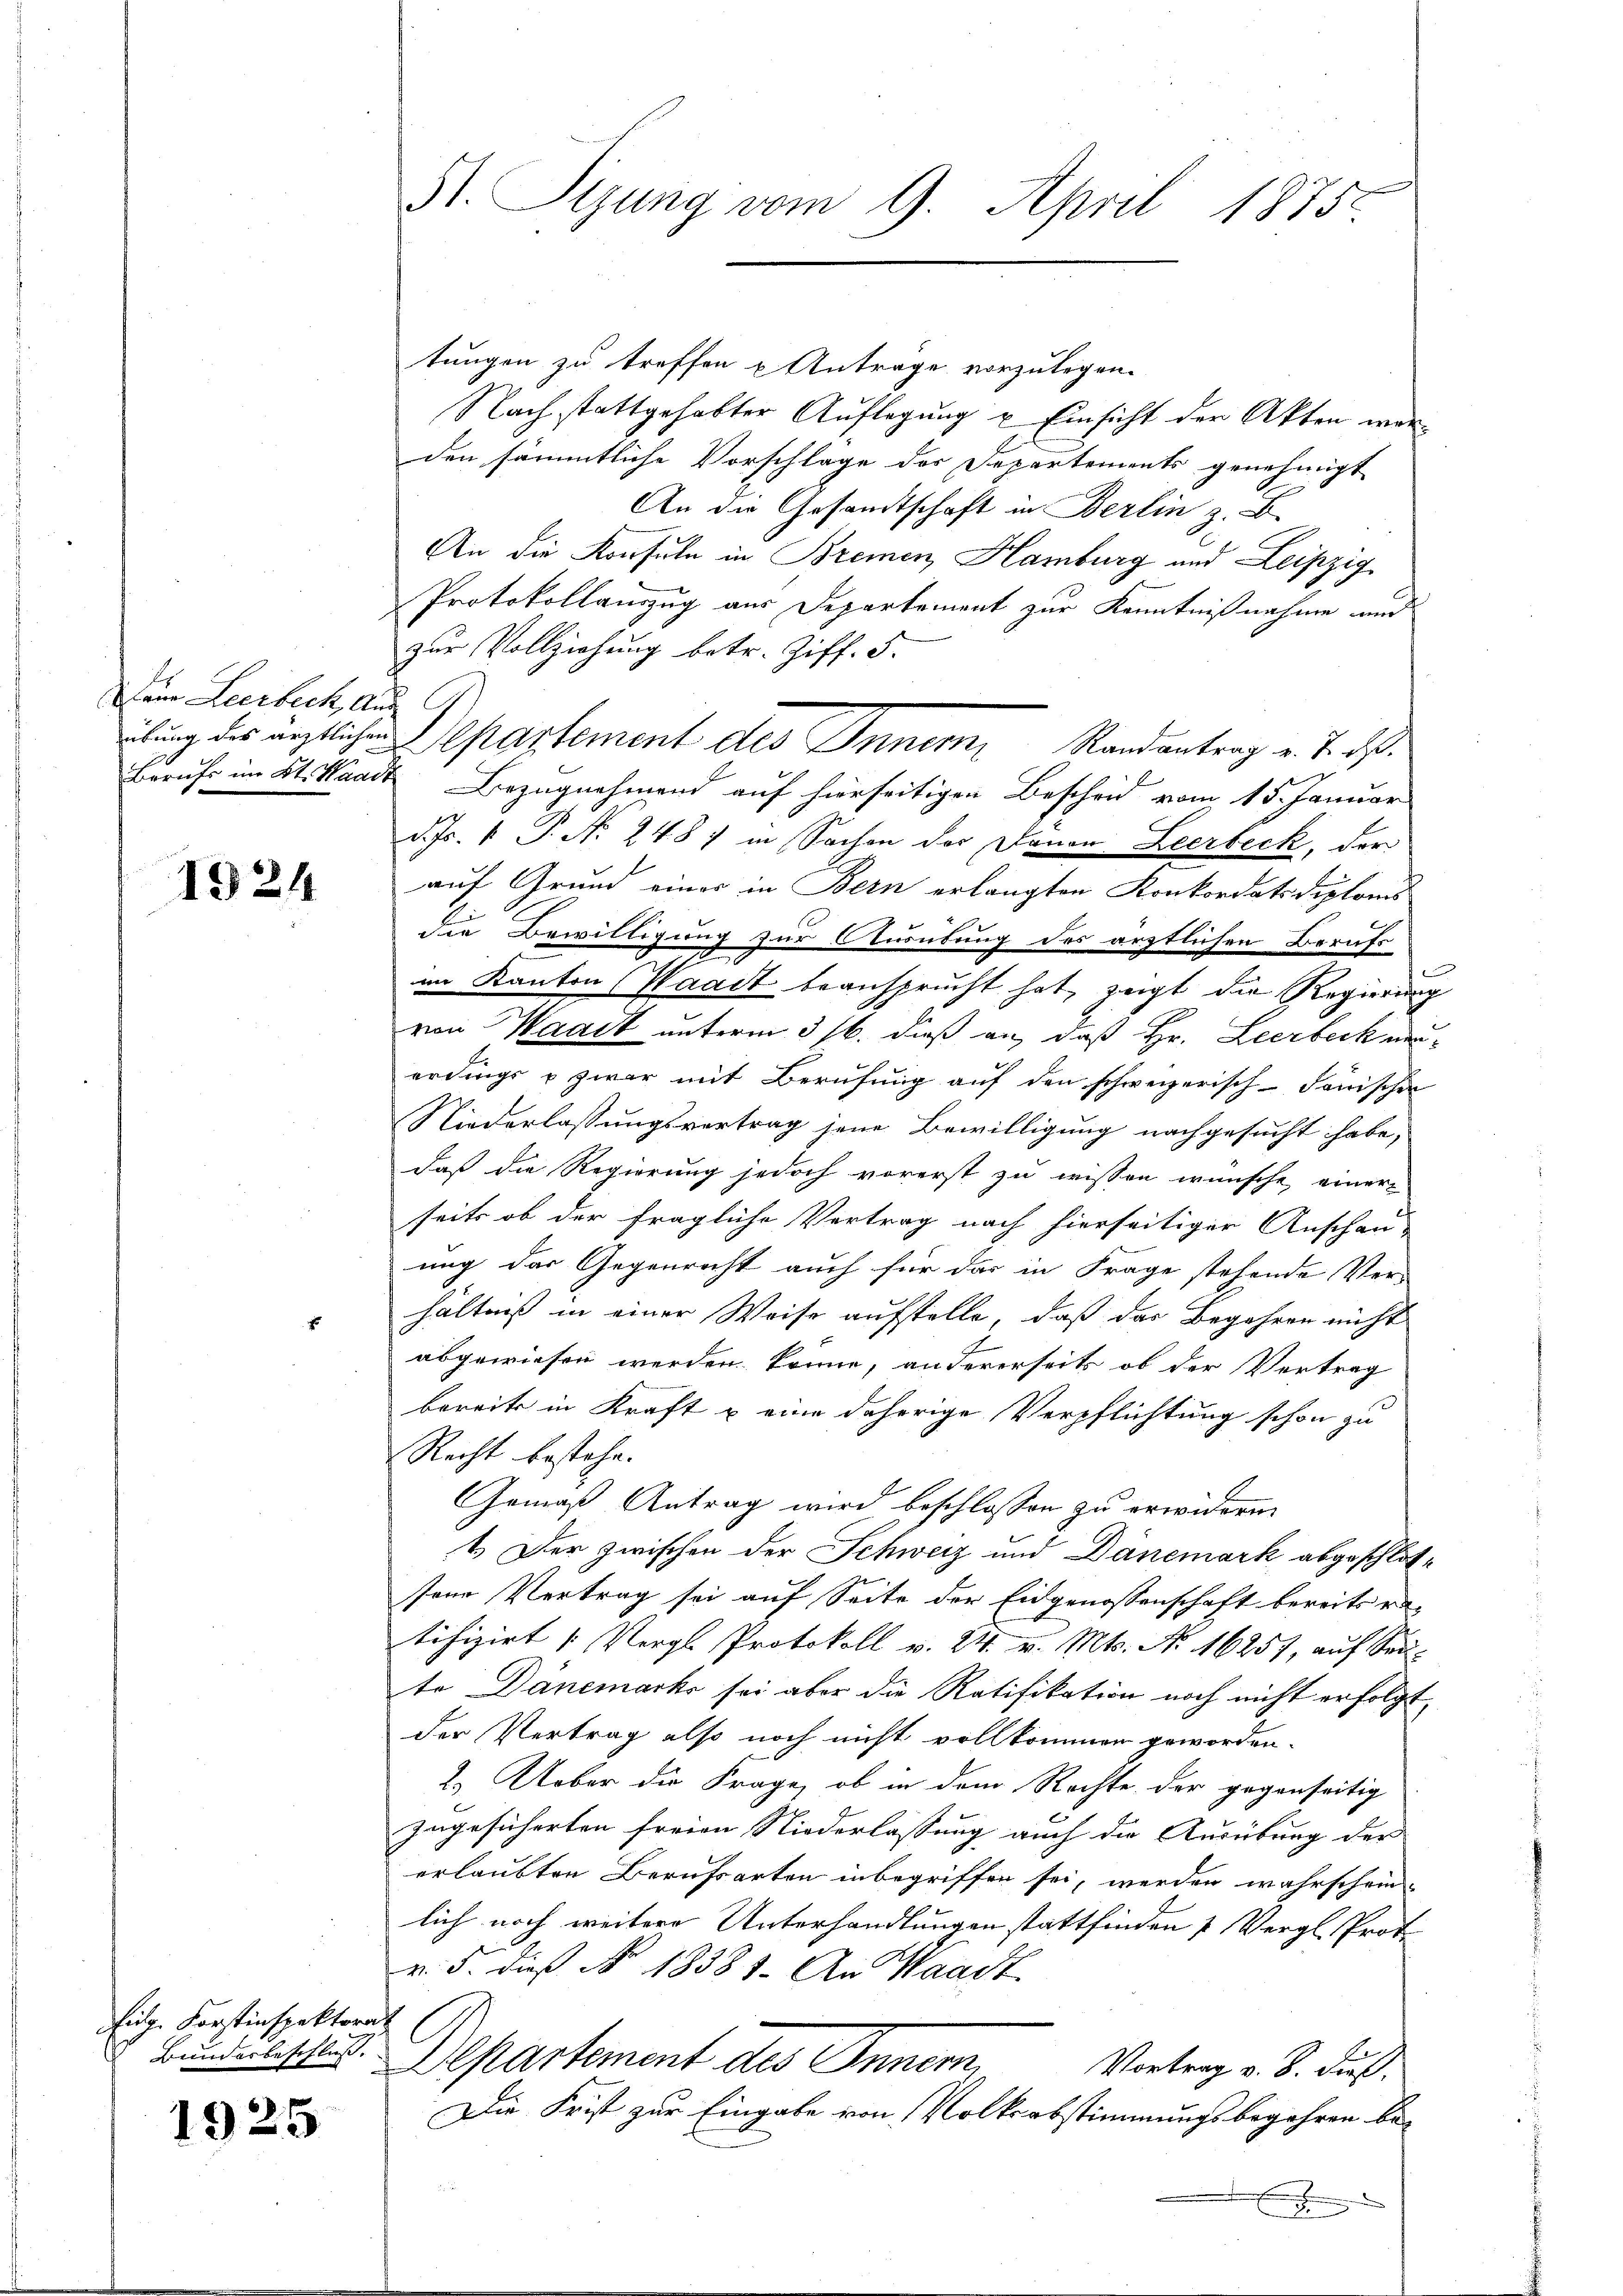
Dem Leerbeck, aus

1924

E

Eilg. Forstinspektorat
Bunderbeschluss.

1925

tungen zu treffen u Antrage vorzulegen.
Nach stattgehabter Auflegung u Einsicht der Akten werden sämmtliche Vorschlage der Departements genehmigt
An die Gesandtschaft in Berlin z. B.
An die Konsuln in Bremen, Hamburg und Leipzig
Protokollauszug aus Departement zur Kenntnißnahme und
zur Vollziehung betr. Ziff. 5.
Berufs im Kt. Waadt Bezugnahmend auf hierseitigen Bescheid vom 15. Januar
d. Js. v. P. Nr. 248) in Sachen der Dauer Leerbeck, der
auf Grund einer in Bern erlangter Konkordatsdiploms
der Bewilligung zur Ausübung des ärztlichen Berufs
.
im Kanton (Waadt beansprucht hat, zeigt die Regierung
von Waadt unterm 5/6. dieß an, daß Hr. Leerbeck neuerdings u zwar mit Berufung auf den schweizerisch-donischen
Niederlassungsvertrag jene Bewilligung nachgesucht habe,
daß die Regierung jedoch vorerst zu wissen wünsche, einer
seits ob der fragliche Vertrag nach hierseitiger Anschau-
ung das Gegenricht auch für das in Frage stehende Ver-
hältniß in einer Weise aufstelle, daß das Begehren nicht
abgewiesen werden könne, andererseits ob der Vertrag
bereits in Kraft & eine daherige Verpflichtung schon zu
Recht bestehe.
Gemäß Antrag wird beschlossen zu erwidern.
1. Der zwischen der Schweiz und Dänemark abgeschlossene Vertrag sei auf Seite der Eidgenossenschaft bereits e
tifizirt Vergl. Protokoll v. 24. v. Mts. No 16257, auf Seite Dänemarke sei aber die Ratifikation noch nicht erfolgt,
der Vertrag also noch nicht vollkommen geworden.
2. Ueber die Frage, ob in dem Rechte der gegenseitig
zugesicherten freien Niederlassung auch die Ausübung der
erlaubten Berufsarten inbegriffen sei, werden wahrschein-
lich noch weitere Unterhandlungen stattfinden & Vergl. Proto
v. 5. dieß No 18381. An Waadt
Departement des Innern,
Vortrag v. 8. dieß.
Die Frist zur Eingabe von Volksabstimmungsbegehren bee

St. Sizung vom 9. April 1875.

iung des ärztlichen Departement des Inner, Randantrag v. J. dß.